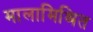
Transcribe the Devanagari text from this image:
मालामिश्रित